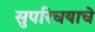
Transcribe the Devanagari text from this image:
सुपरिचयाचे